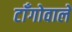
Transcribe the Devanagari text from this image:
टाँगोवाले